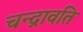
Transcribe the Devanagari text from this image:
चन्द्रावति